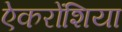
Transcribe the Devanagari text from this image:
ऐकरोंशिया